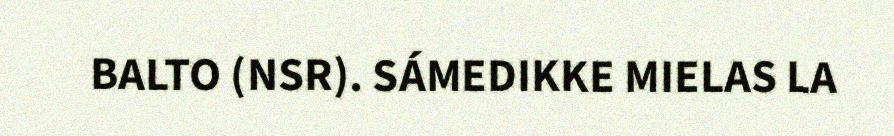
BALTO (NSR). SÁMEDIKKE MIELAS LA